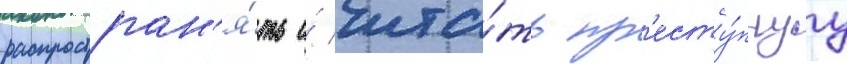
распростран'я́ть и́ чита́ть пр'есту́пнуу